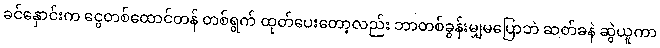
ခင်နှောင်းက ငွေတစ်ထောင်တန် တစ်ရွက် ထုတ်ပေးတော့လည်း ဘာတစ်ခွန်းမျှမပြောဘဲ ဆတ်ခနဲ ဆွဲယူကာ